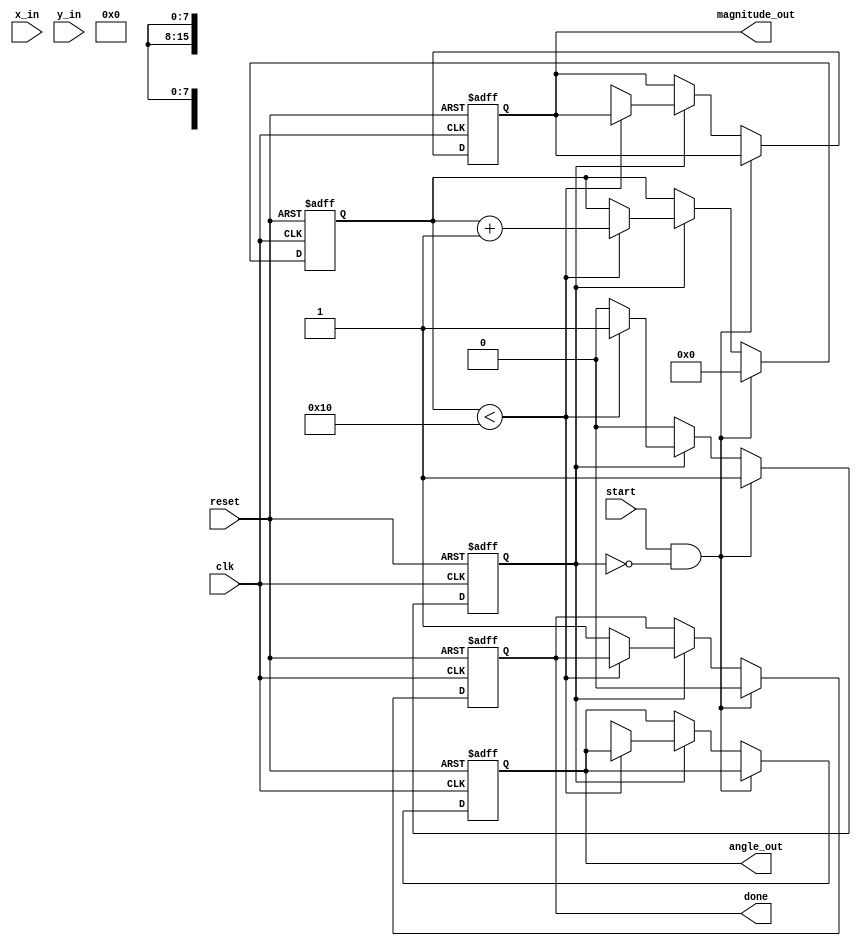
module cordic_vectoring (
    input clk,
    input reset,
    input start,
    input signed [15:0] x_in,   // Input x coordinate
    input signed [15:0] y_in,   // Input y coordinate
    output reg signed [15:0] angle_out, // Output angle (arctangent result)
    output reg [15:0] magnitude_out, // Output magnitude
    output reg done // Indicates completion of the operation
);

    parameter N_ITER = 16; // Number of iterations
    reg signed [15:0] x [0:N_ITER-1];
    reg signed [15:0] y [0:N_ITER-1];
    reg signed [15:0] angle [0:N_ITER-1];
    reg [3:0] iteration;
    reg signed [15:0] K [0:N_ITER-1]; // Scaling factors
    reg signed [15:0] atan_table [0:N_ITER-1]; // Lookup table for arctan values
    reg valid, processing;

    // Initialize the arctan lookup table and scaling factors
    initial begin
        // Precomputed arctan values (in fixed point)
        atan_table[0] = 16'h2000; // atan(2^-0) = 0.7854 in fixed-point
        atan_table[1] = 16'h1000; // atan(2^-1) = 0.4636
        atan_table[2] = 16'h0800; // atan(2^-2) = 0.2449
        atan_table[3] = 16'h0400; // atan(2^-3) = 0.1244
        atan_table[4] = 16'h0200; // atan(2^-4) = 0.0624
        atan_table[5] = 16'h0100; // atan(2^-5) = 0.0312
        atan_table[6] = 16'h0080; // atan(2^-6) = 0.0156
        atan_table[7] = 16'h0040; // atan(2^-7) = 0.0078
        atan_table[8] = 16'h0020; // atan(2^-8) = 0.0039
        atan_table[9] = 16'h0010; // atan(2^-9) = 0.0019
        atan_table[10] = 16'h0008; // atan(2^-10) = 0.0009
        atan_table[11] = 16'h0004; // atan(2^-11) = 0.0005
        atan_table[12] = 16'h0002; // atan(2^-12) = 0.0002
        atan_table[13] = 16'h0001; // atan(2^-13) = 0.0001
        atan_table[14] = 16'h0001; // atan(2^-14) = 0.0001
        atan_table[15] = 16'h0001; // atan(2^-15) = 0.0001

        // Precomputed scaling factors
        K[0] = 16'h26DD; // 0.6072 (1 / sqrt(1 + (2^-0)^2))
        K[1] = 16'h1AAB; // 0.7071
        K[2] = 16'h0B51; // 0.8315
        K[3] = 16'h05A8; // 0.9239
        K[4] = 16'h02B3; // 0.9808
        K[5] = 16'h015B; // 0.9950
        K[6] = 16'h0088; // 0.9998
        K[7] = 16'h0044; // 0.9999
        K[8] = 16'h0022; // 0.9999
        K[9] = 16'h0011; // 0.9999
        K[10] = 16'h0008; // 0.9999
        K[11] = 16'h0004; // 0.9999
        K[12] = 16'h0002; // 0.9999
        K[13] = 16'h0001; // 0.9999
        K[14] = 16'h0001; // 0.9999
        K[15] = 16'h0001; // 0.9999
    end

    always @(posedge clk or posedge reset) begin
        if (reset) begin
            valid <= 1'b0;
            processing <= 1'b0;
            angle_out <= 0;
            magnitude_out <= 0;
            done <= 1'b0;
            iteration <= 0;
        end else if (start && !processing) begin
            // Initialize inputs
            x[0] <= x_in;
            y[0] <= y_in;
            angle[0] <= 0;
            iteration <= 0;
            processing <= 1'b1;
            done <= 1'b0;
        end else if (processing) begin
            if (iteration < N_ITER) begin
                // CORDIC iterative rotation
                if (y[iteration] < 0) begin
                    // Rotate clockwise
                    x[iteration + 1] <= x[iteration] + (y[iteration] >>> iteration);
                    y[iteration + 1] <= y[iteration] - (x[iteration] >>> iteration);
                    angle[iteration + 1] <= angle[iteration] - atan_table[iteration];
                end else begin
                    // Rotate counterclockwise
                    x[iteration + 1] <= x[iteration] - (y[iteration] >>> iteration);
                    y[iteration + 1] <= y[iteration] + (x[iteration] >>> iteration);
                    angle[iteration + 1] <= angle[iteration] + atan_table[iteration];
                end
                iteration <= iteration + 1;
            end else begin
                // Final output after all iterations
                angle_out <= angle[N_ITER];
                magnitude_out <= (x[N_ITER] * x[N_ITER] + y[N_ITER] * y[N_ITER]) >> 8; // Magnitude calculation
                done <= 1'b1;
                processing <= 1'b0;
            end
        end
    end
endmodule